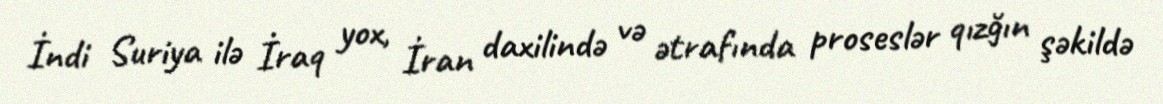
İndi Suriya ilə İraq yox, İran daxilində və ətrafında proseslər qızğın şəkildə